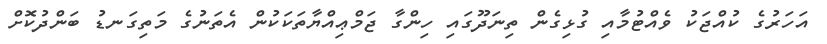
އަހަރުގެ ކުއްޖަކު ވެއްޓުމާއި ގުޅިގެން ތިނަދޫގައި ހިންގާ ޖަމްޢިއްޔާތަކަކުން އެތަނުގެ މަތިގަނޑު ބަންދުކޮށް